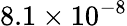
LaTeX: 8.1\times 10^{-8}